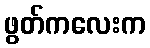
ဖွတ်ကလေးက